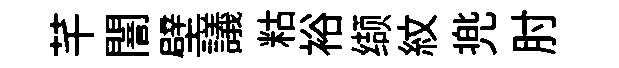
芊闇壁議䊀裕缬紋兠肘